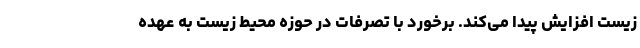
زیست افزایش پیدا می‌کند. برخورد با تصرفات در حوزه محیط زیست به عهده